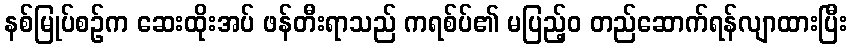
နစ်မြုပ်စဉ်က ဆေးထိုးအပ် ဖန်တီးရာသည် ကရစ်ပ်၏ မပြည့်ဝ တည်ဆောက်ရန်လျာထားပြီး